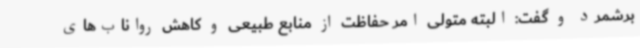
برشمرد و گفت: البته متولی امر حفاظت از منابع طبیعی و کاهش رواناب‌های